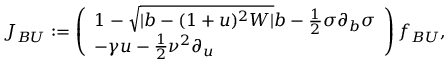
\boldsymbol { J } _ { B U } : = \left( \begin{array} { l } { 1 - \sqrt { | b - ( 1 + u ) ^ { 2 } W | } b - \frac { 1 } { 2 } \sigma \partial _ { b } \sigma } \\ { - \gamma u - \frac { 1 } { 2 } \nu ^ { 2 } \partial _ { u } } \end{array} \right) f _ { B U } ,